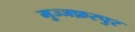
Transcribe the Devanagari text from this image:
मुज्जफ़रपुर